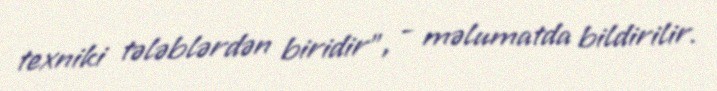
texniki tələblərdən biridir”, - məlumatda bildirilir.